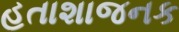
હતાશાજનક